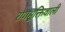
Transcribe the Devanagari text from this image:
रोगमुक्तिवाली